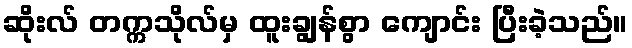
ဆိုးလ် တက္ကသိုလ်မှ ထူးချွန်စွာ ကျောင်း ပြီးခဲ့သည်။